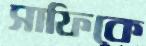
সাফিকে